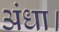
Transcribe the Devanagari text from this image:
अंधा।